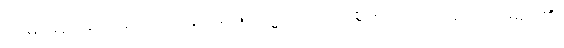
ဝဒမာနော၊ ပြောဆိုသောသူသည်။ သမ္မာ၊ ကောင်းစွာ။ ဝဒေယျ၊ ဆိုသည်မည်၏။